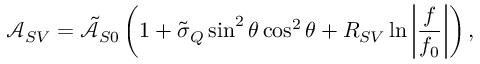
\mathcal { A } _ { S V } = \tilde { \mathcal { A } } _ { S 0 } \left( 1 + \tilde { \sigma } _ { Q } \sin ^ { 2 } \theta \cos ^ { 2 } \theta + R _ { S V } \ln { \bigg | \frac { f } { f _ { 0 } } \bigg | } \right) ,